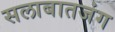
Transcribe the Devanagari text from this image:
सलाबातजंग